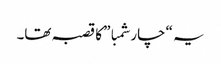
یہ “چار شمبا” کا قصبہ تھا۔